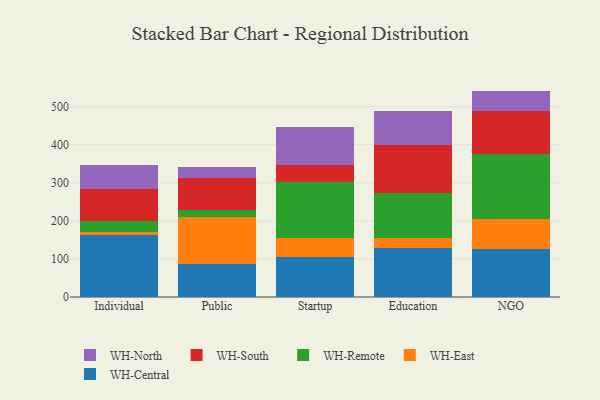
{"axis": {"x": "Segment", "y": "Active Users"}, "legend": ["WH-Central", "WH-East", "WH-North", "WH-Remote", "WH-South"], "data": [{"x": "Individual", "y": 162.7, "type": "WH-Central"}, {"x": "Individual", "y": 8.3, "type": "WH-East"}, {"x": "Individual", "y": 28.5, "type": "WH-Remote"}, {"x": "Individual", "y": 83.4, "type": "WH-South"}, {"x": "Individual", "y": 65.1, "type": "WH-North"}, {"x": "Public", "y": 85.4, "type": "WH-Central"}, {"x": "Public", "y": 125.4, "type": "WH-East"}, {"x": "Public", "y": 18.6, "type": "WH-Remote"}, {"x": "Public", "y": 84.0, "type": "WH-South"}, {"x": "Public", "y": 29.0, "type": "WH-North"}, {"x": "Startup", "y": 104.3, "type": "WH-Central"}, {"x": "Startup", "y": 50.7, "type": "WH-East"}, {"x": "Startup", "y": 146.3, "type": "WH-Remote"}, {"x": "Startup", "y": 44.4, "type": "WH-South"}, {"x": "Startup", "y": 101.6, "type": "WH-North"}, {"x": "Education", "y": 129.1, "type": "WH-Central"}, {"x": "Education", "y": 26.5, "type": "WH-East"}, {"x": "Education", "y": 118.6, "type": "WH-Remote"}, {"x": "Education", "y": 126.4, "type": "WH-South"}, {"x": "Education", "y": 87.9, "type": "WH-North"}, {"x": "NGO", "y": 126.5, "type": "WH-Central"}, {"x": "NGO", "y": 77.6, "type": "WH-East"}, {"x": "NGO", "y": 171.2, "type": "WH-Remote"}, {"x": "NGO", "y": 113.4, "type": "WH-South"}, {"x": "NGO", "y": 52.9, "type": "WH-North"}]}